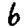
Digit: 6